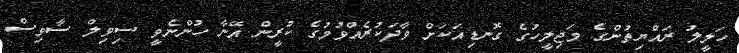
ހަލީލު ރައްޔިތުންގެ މަޖިލީހުގެ ގޮނޑިއަކަށް ވާދަކުރެއްވުމުގެ ކުރީން އޭނާ ހުންނެވީ ސިވިލް ސާވިސް